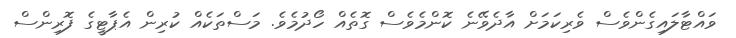
ވައްޓާލައިގެންވެސް ވެރިކަމަށް އާދެވޭނެ ކޮންމެވެސް ގޮތެއް ހޯދުމެވެ. މަސްތަކެއް ކުރިން އެޕާޓީގެ ފޮރިންސް